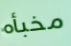
مخبأه